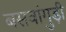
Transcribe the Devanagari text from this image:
बसवांगुड़ी